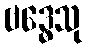
ဗဒ္ဓေသု